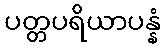
ပတ္တပရိယာပန္နံ